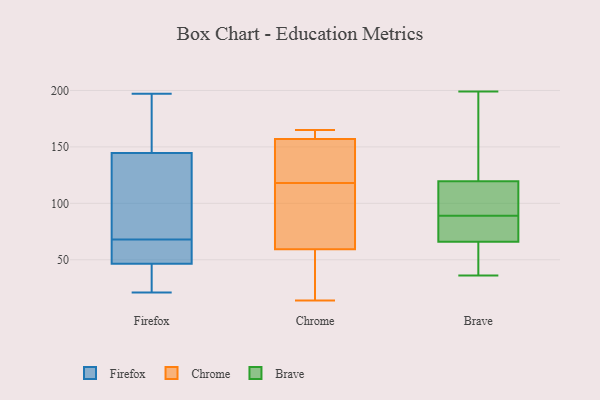
{"axis": {"x": "Revenue (USD Million)", "y": "Value"}, "legend": ["Brave", "Chrome", "Firefox"], "data": [{"x": "", "y": 29, "type": "Firefox"}, {"x": "", "y": 59, "type": "Firefox"}, {"x": "", "y": 84, "type": "Firefox"}, {"x": "", "y": 197, "type": "Firefox"}, {"x": "", "y": 66, "type": "Firefox"}, {"x": "", "y": 45, "type": "Firefox"}, {"x": "", "y": 60, "type": "Firefox"}, {"x": "", "y": 165, "type": "Firefox"}, {"x": "", "y": 68, "type": "Firefox"}, {"x": "", "y": 21, "type": "Firefox"}, {"x": "", "y": 136, "type": "Firefox"}, {"x": "", "y": 144, "type": "Firefox"}, {"x": "", "y": 149, "type": "Firefox"}, {"x": "", "y": 33, "type": "Firefox"}, {"x": "", "y": 47, "type": "Firefox"}, {"x": "", "y": 106, "type": "Firefox"}, {"x": "", "y": 146, "type": "Firefox"}, {"x": "", "y": 157, "type": "Chrome"}, {"x": "", "y": 132, "type": "Chrome"}, {"x": "", "y": 157, "type": "Chrome"}, {"x": "", "y": 118, "type": "Chrome"}, {"x": "", "y": 37, "type": "Chrome"}, {"x": "", "y": 14, "type": "Chrome"}, {"x": "", "y": 110, "type": "Chrome"}, {"x": "", "y": 56, "type": "Chrome"}, {"x": "", "y": 41, "type": "Chrome"}, {"x": "", "y": 69, "type": "Chrome"}, {"x": "", "y": 165, "type": "Chrome"}, {"x": "", "y": 161, "type": "Chrome"}, {"x": "", "y": 128, "type": "Chrome"}, {"x": "", "y": 160, "type": "Chrome"}, {"x": "", "y": 94, "type": "Chrome"}, {"x": "", "y": 114, "type": "Brave"}, {"x": "", "y": 36, "type": "Brave"}, {"x": "", "y": 167, "type": "Brave"}, {"x": "", "y": 121, "type": "Brave"}, {"x": "", "y": 36, "type": "Brave"}, {"x": "", "y": 82, "type": "Brave"}, {"x": "", "y": 62, "type": "Brave"}, {"x": "", "y": 78, "type": "Brave"}, {"x": "", "y": 199, "type": "Brave"}, {"x": "", "y": 59, "type": "Brave"}, {"x": "", "y": 89, "type": "Brave"}, {"x": "", "y": 179, "type": "Brave"}, {"x": "", "y": 88, "type": "Brave"}, {"x": "", "y": 103, "type": "Brave"}, {"x": "", "y": 115, "type": "Brave"}]}